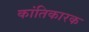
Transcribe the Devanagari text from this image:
कांतिकारक